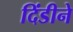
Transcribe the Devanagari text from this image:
दिंडीने